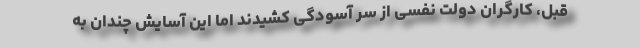
قبل، کارگران دولت نفسی از سر آسودگی کشیدند اما این آسایش چندان به